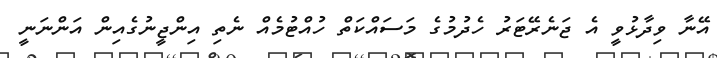
އޭނާ ވިދާޅުވީ އެ ޖަނެރޭޓަރު ހެދުމުގެ މަސައްކަތް ހުއްޓުމެއް ނެތި އިންޖީނުގެއިން އަންނަނީ